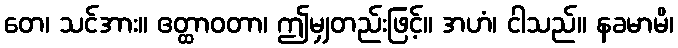
တေ၊ သင်အား။ ဧတ္ထာဝတာ၊ ဤမျှတည်းဖြင့်။ အဟံ၊ ငါသည်။ နခမာမိ၊